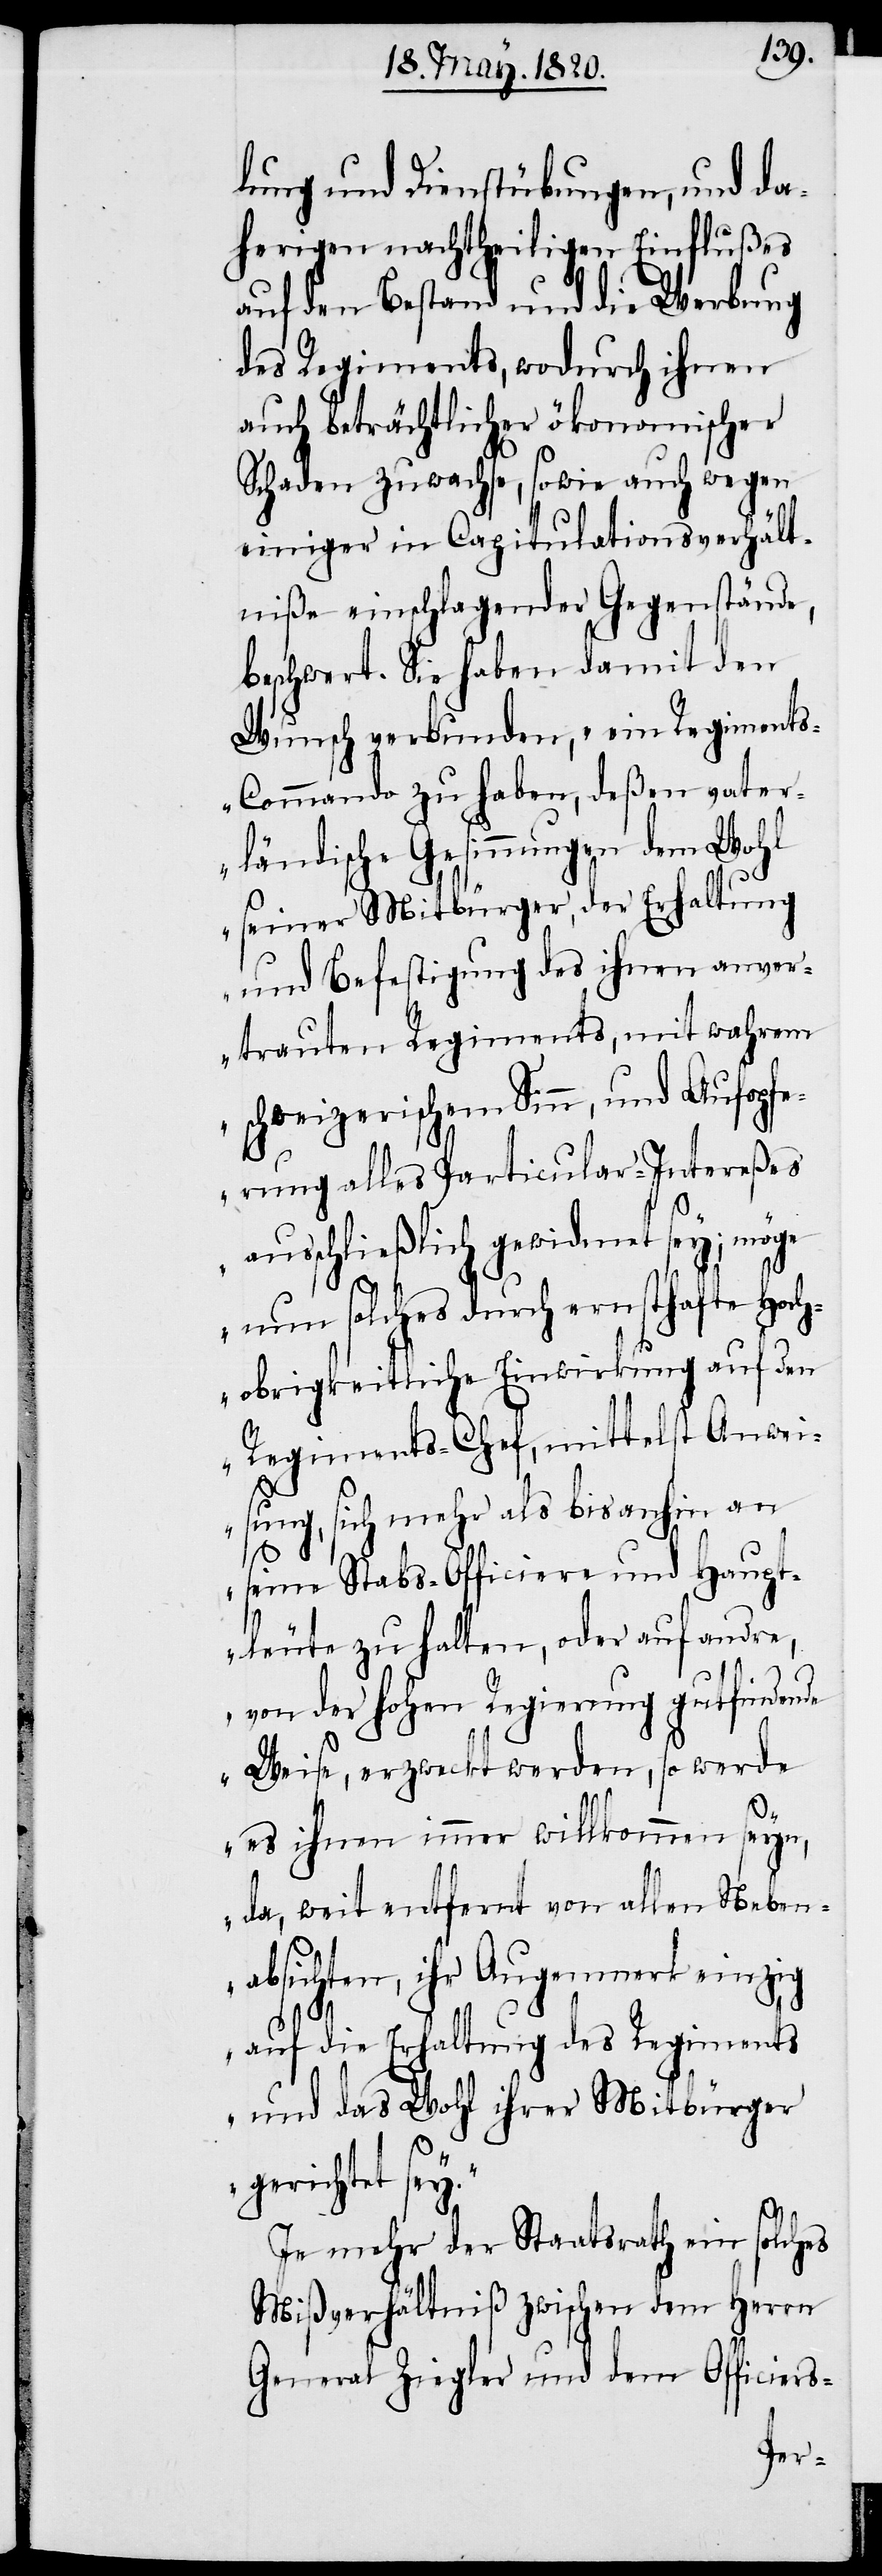
lung und Dienstübungen, und da¬
herigen nachtheiligen Einflußes
auf den Bestand und die Werbung
des Regiments, wodurch ihnen
auch beträchtlicher ökonomischer
Schaden zuwachse, sowie auch wegen
einiger in Capitulationsverhält¬
niße einschlagender Gegenstände,
beschwert. Sie haben damit den
Wunsch verbunden, ein Regiment¬
s-Commando zu haben, deßen vater¬
ländische Gesinnungen dem Wohl
seiner Mitbürger, der Erhaltung
und Befestigung des ihnen anver¬
trauten Regiments, mit wahrem
schweizerischem Sinn, und Aufopfe¬
rung alles Particular-Intereßes
ausschließlich gewidmet sey; möge
nun solches durch ernsthafte Hoch¬
obrigkeitliche Einwirkung auf den
Regiments-Chef, mittelst Anwei¬
sung, sich mehr als bis anhin an
seine Stabs-Officiere und Haupt¬
leute zu halten, oder auf andre,
von der Hohen Regierung gutfinden¬
de Weise, erzweckt werden, so werde
es ihnen immer willkommen seyn,
da, weit entfernt von allen Neben¬
absichten, ihr Augenmerk einzig
auf die Erhaltung des Regiments
und das Wohl ihrer Mitbürger
gerichtet
In mehr der Staatsrath ein solches
Mißverhältniß zwischen dem Herrn
General Ziegler und dem Officiers-